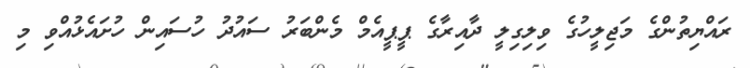
ރައްޔިތުންގެ މަޖިލީހުގެ ވިލިގިލީ ދާއިރާގެ ޕީޕީއެމް މެންބަރު ސައުދު ހުސައިން ހުށައެޅުއްވި މި